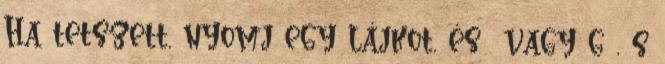
Ha tetszett, nyomj egy lájkot, és vagy g , s